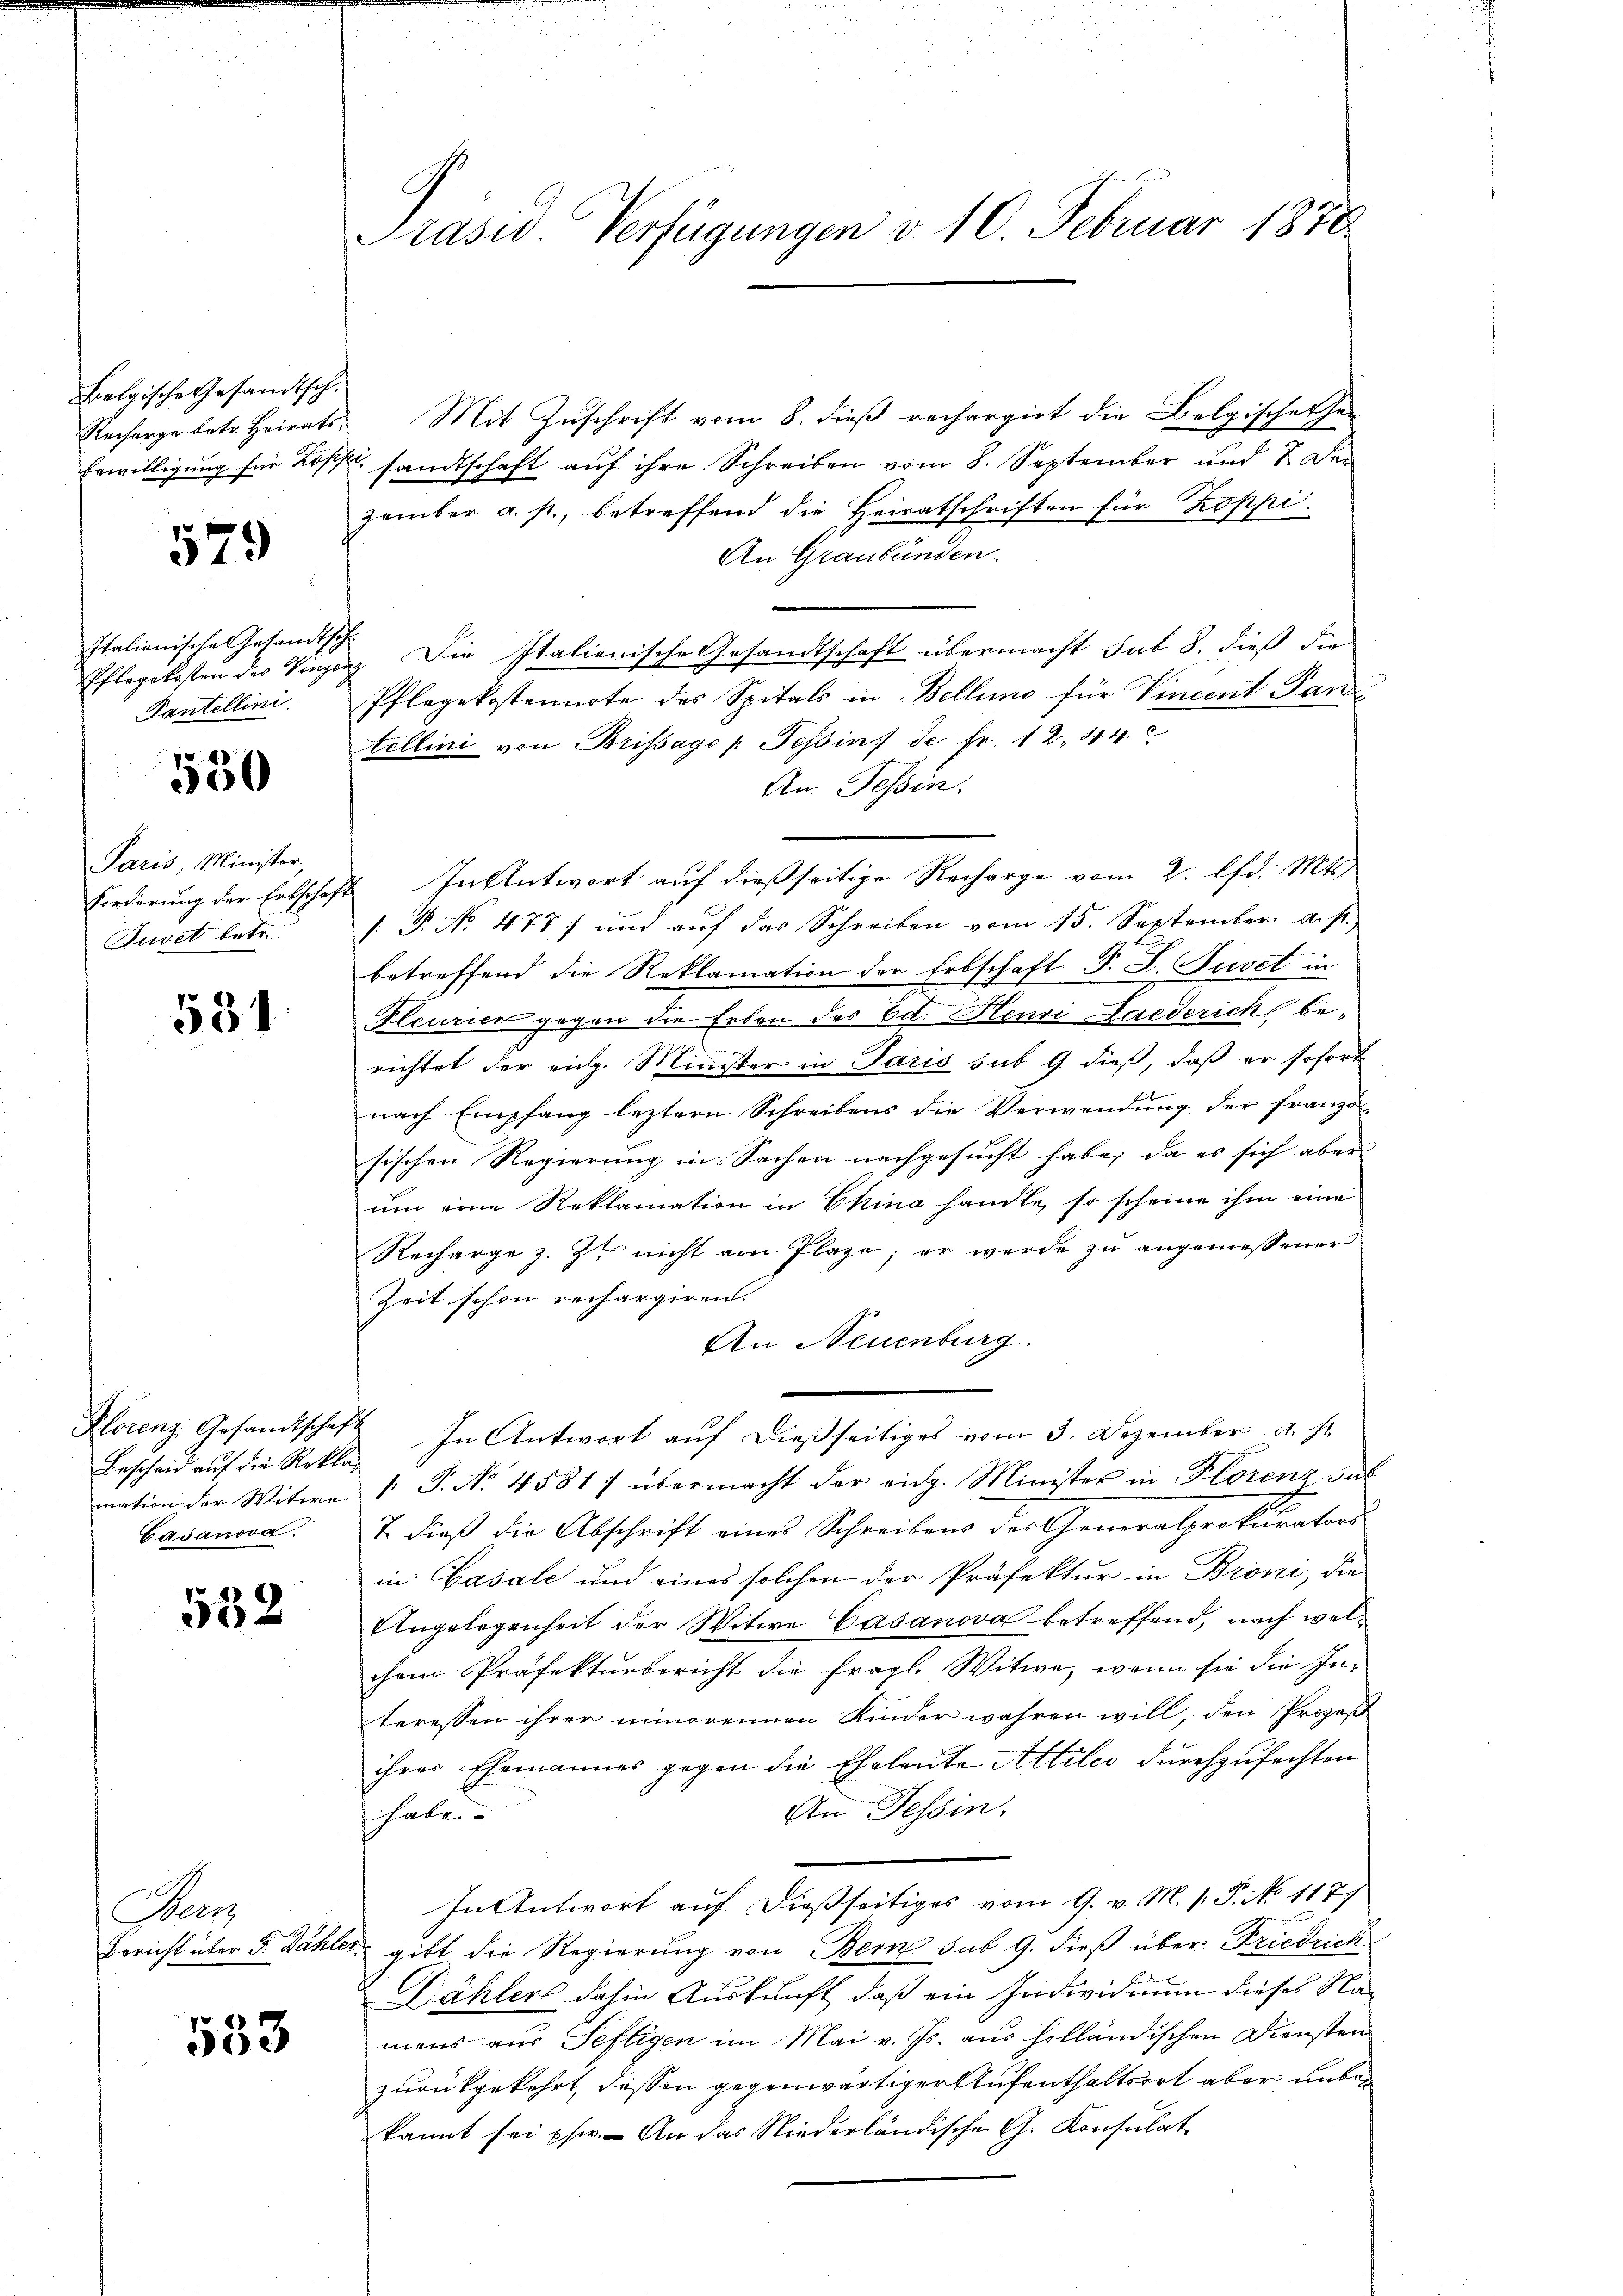
Belgische Gesandtsch.
Recharge betr. Heirats
Erwilligung für Ros

579

Italienische Gesandtsc
Pflegekosten des Vinzer
Pantellini

530

Paris, Minister,
Forderung der Erbschaf
Puvet bei

531

Bescheid auf die Rekla
mation der Witwe
Casanora

552

Aeu

553

Präsid. Verfügungen v. 10. Februar 1878.

Mit Zuschrift vom 8. dieß rechargirt die Belgischerher
sandtschaft auf ihre Schreiben vom 8. September und 2 Dezember a. p., betreffend die Heiratschriften für Koppi¬
An Graubünden.
 Die Italienische Gesandtschaft übermacht sub 8. dieß die
Pflegekostennote des Spitals in Bellino für Vincent Panz
tellini von Brissage /: Tessins de fr. 12, 44
An Tessin,
4. In Antwort auf dießseitige Recharge vom 2. lfd. Mts.
: P. No 478 und aŭf das Schreiben vom 15. September a. s.
betreffend die Reklamation der Erbschaft P. L. Juvet in
Pleurien gegen die Erben des Edt. Henri Laederich berichtet der eidg. Minister in Paris sub 9. dieß, daß er sofort
nach Empfang leztern Schreibens die Verwendung der französischen Regierung in Sachen nachgesucht habe; da es sich aber
um eine Reklamation in China handle, so scheine ihm eine
Recharge z. Zt. nicht am Plaze; er werde zu angemessener
Zeit schon rechargiren.
An Neuenburg.
Plorenz Gesamtschaft In Antwort aŭf dießseitiges vom 3. Dezember a. s.
/: P. No 4581) übermacht der eidg. Minister in Florenz das
T. dieß die Abschrift eines Schreibens der Generalprokurator
in Gasale und eines solchen der Präfektur in Broni, die
Ungelegenheit der Witwe Casanova betreffend, nach welchem Präfekturbericht die fragl. Witwe, wenn sie die In-
teressen ihrer minorennen Kinder wahren will, den Prozeß
ihres Ehemannes gegen die Eheleute Attilić durchzufechten
An Tessin,
haben.
In Antwort auf dießseitiges vom 9. v. M. /: P. No 117.
Bericht über 5. Dähler, gibt die Regierung von Bern sub 9. dieß über Friedrich
Dählers dahin Auskunft, daß ein Individium dieses Namens aus Seftigen im Mai v. Js. aus holländischen Diensten
zurückgekehrt, dessen gegenwärtiger Aufenthaltsort aber unbekannt sei pfe. An das Niederländische G. Konsulat